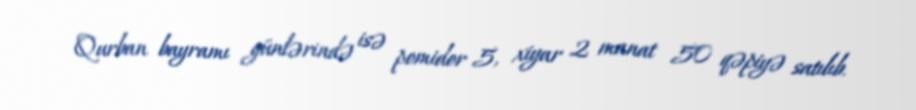
Qurban bayramı günlərində isə pomidor 5, xiyar 2 manat 50 qəpiyə satılıb.